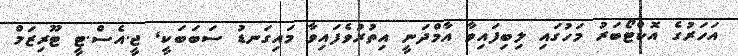
އަހަރުގެ އޮކްޓޯބަރު މަހުގައި ލިބިފައިވާ އާމްދަނީ އިތުރުވެފައިވާ މައިގަނޑު ސަބަބަކީ